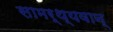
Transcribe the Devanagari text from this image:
सामर्थ्यवान्